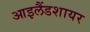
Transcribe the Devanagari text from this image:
आइलैंडशायर